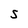
Character: S